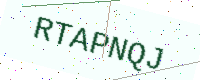
Text: RTAPNQJ